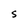
Character: S